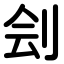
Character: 刽